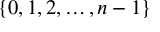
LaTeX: \{ 0 , 1 , 2 , \ldots , n - 1 \}